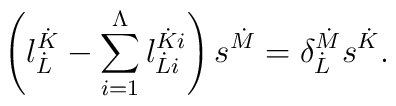
\left( l^{\dot{K}}_{\dot{L}} - \sum_{i=1}^{\Lambda} l^{\dot{K}i}_{\dot{L}i} \right) s^{\dot{M}} =     \delta^{\dot{M}}_{\dot{L}} s^{\dot{K}}.